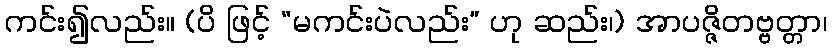
ကင်း၍လည်း။ (ပိ ဖြင့် “မကင်းပဲလည်း” ဟု ဆည်း၊) အာပဇ္ဇိတဗ္ဗတ္တာ၊